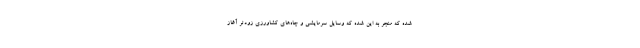
شده که منجر به این شده که وسایل سرمایشی و چاه‌های کشاورزی زودتر آغاز